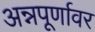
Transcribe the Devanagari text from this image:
अन्नपूर्णावर